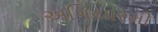
અગિયારમી